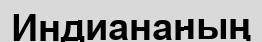
Индиананың